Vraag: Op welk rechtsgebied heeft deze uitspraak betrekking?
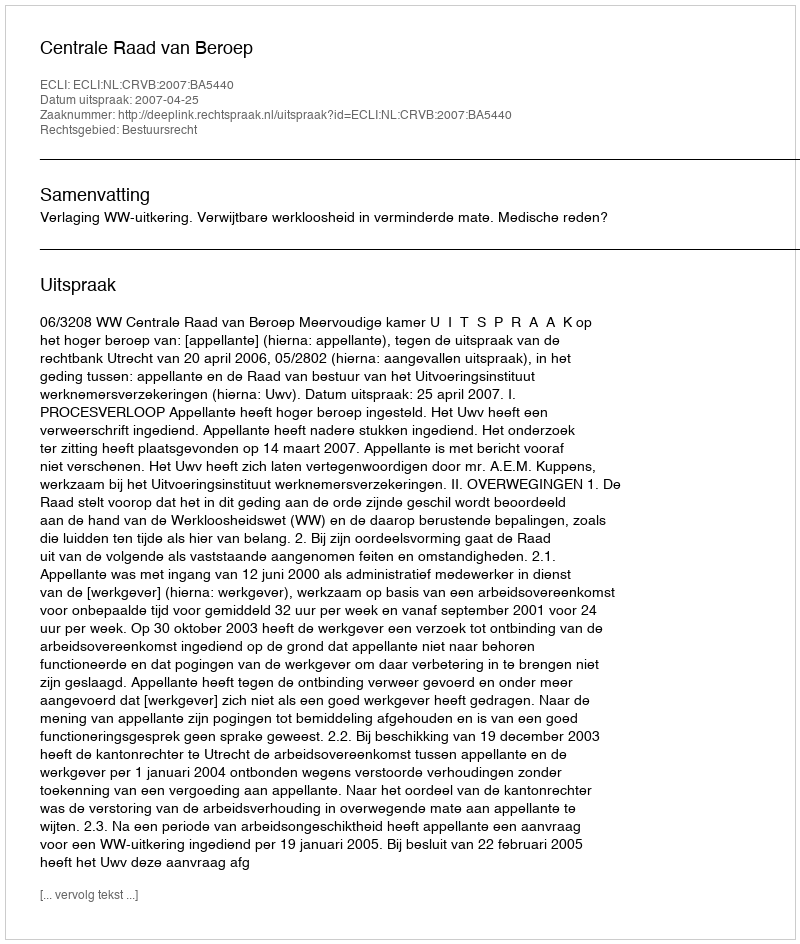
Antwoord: Bestuursrecht